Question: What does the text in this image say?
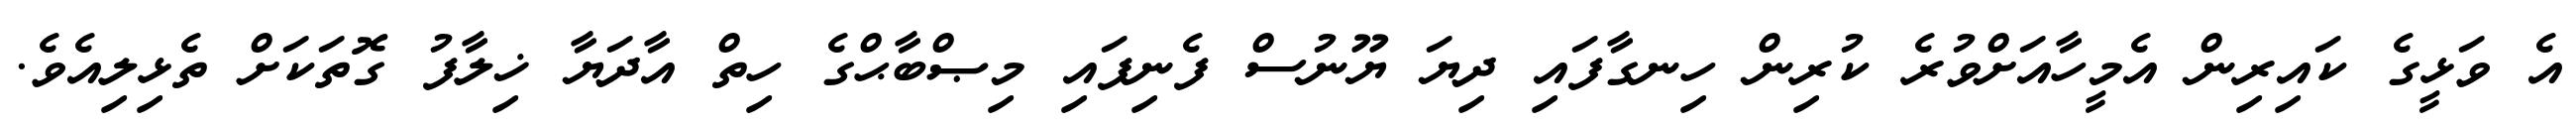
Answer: އެ ވަޅީގެ ކައިރިން އެމީހާއަށްވުރެ ކުރިން ހިނގާފައި ދިޔަ ޔޫނުސް ފެނިފައި މިޞްބާޙްގެ ހިތް އާދަޔާ ޚިލާފު ގޮތަކަށް ތެޅިލިއެވެ.